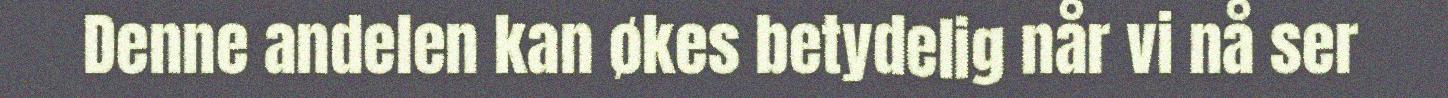
Denne andelen kan økes betydelig når vi nå ser